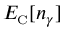
E _ { \scriptscriptstyle \mathrm { C } } [ n _ { \gamma } ]